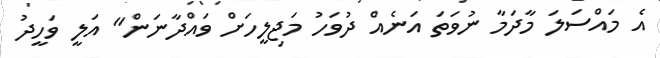
އެ މައްސަލަ މާދަމާ ނުވަތަ އަނެއް ދުވަހު މަޖިލީހަށް ވައްދާނަން" އަލީ ވަހީދު